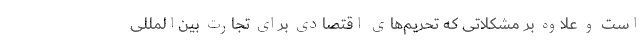
است و علاوه بر مشکلاتی که تحریم‌های اقتصادی برای تجارت بین‌المللی